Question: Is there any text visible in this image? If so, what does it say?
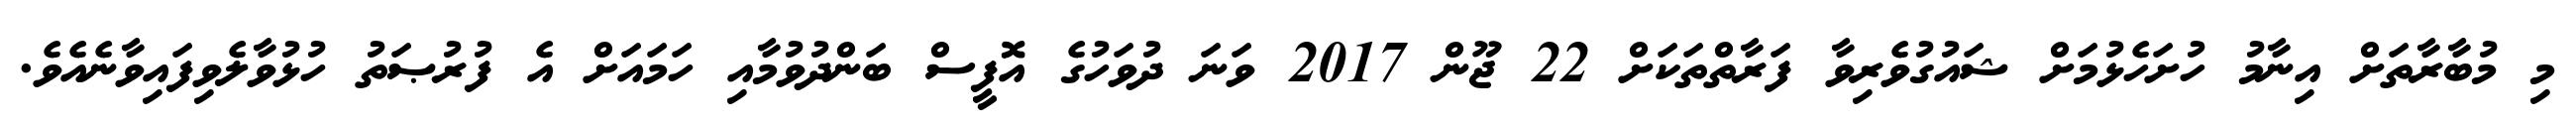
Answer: މި މުބާރާތަށް އިނާމު ހުށަހެޅުމަށް ޝައުގުވެރިވާ ފަރާތްތަކަށް 22 ޖޫން 2017 ވަނަ ދުވަހުގެ އޮފީސް ބަންދުވުމާއި ހަމައަށް އެ ފުރުޞަތު ހުޅުވާލެވިފައިވާނެއެވެ.